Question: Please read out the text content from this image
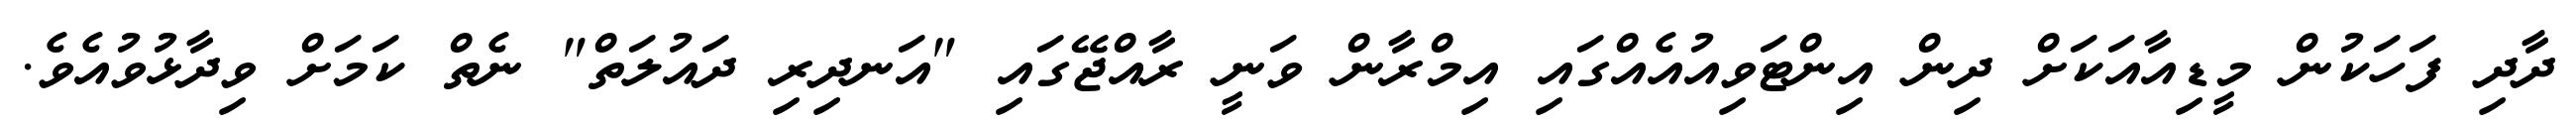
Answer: ދާދި ފަހަކުން މީޑިއާއަކަށް ދިން އިންޓަވިއުއެއްގައި އިމްރާން ވަނީ ރާއްޖޭގައި "އަނދިރި ދައުލަތް" ނެތް ކަމަށް ވިދާޅުވުއެވެ.